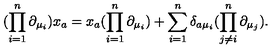
( \prod _ { i = 1 } ^ { n } \partial _ { \mu _ { i } } ) x _ { a } = x _ { a } ( \prod _ { i = 1 } ^ { n } \partial _ { \mu _ { i } } ) + \sum _ { i = 1 } ^ { n } \delta _ { a \mu _ { i } } ( \prod _ { j \ne i } ^ { n } \partial _ { \mu _ { j } } ) .